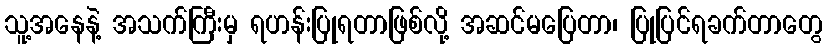
သူ့အနေနဲ့ အသက်ကြီးမှ ရဟန်းပြုရတာဖြစ်လို့ အဆင်မပြေတာ၊ ပြုပြင်ရခက်တာတွေ